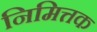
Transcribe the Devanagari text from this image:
निमित्तक